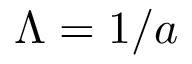
\Lambda = 1 / a